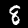
Label: 8